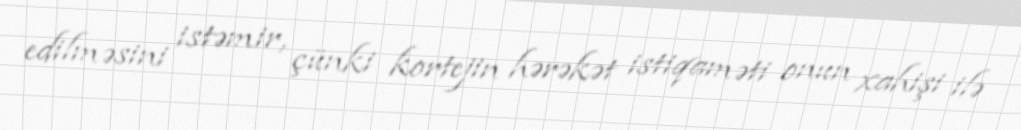
edilməsini istəmir, çünki kortejin hərəkət istiqaməti onun xahişi ilə